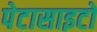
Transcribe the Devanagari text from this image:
पेटासाइटों